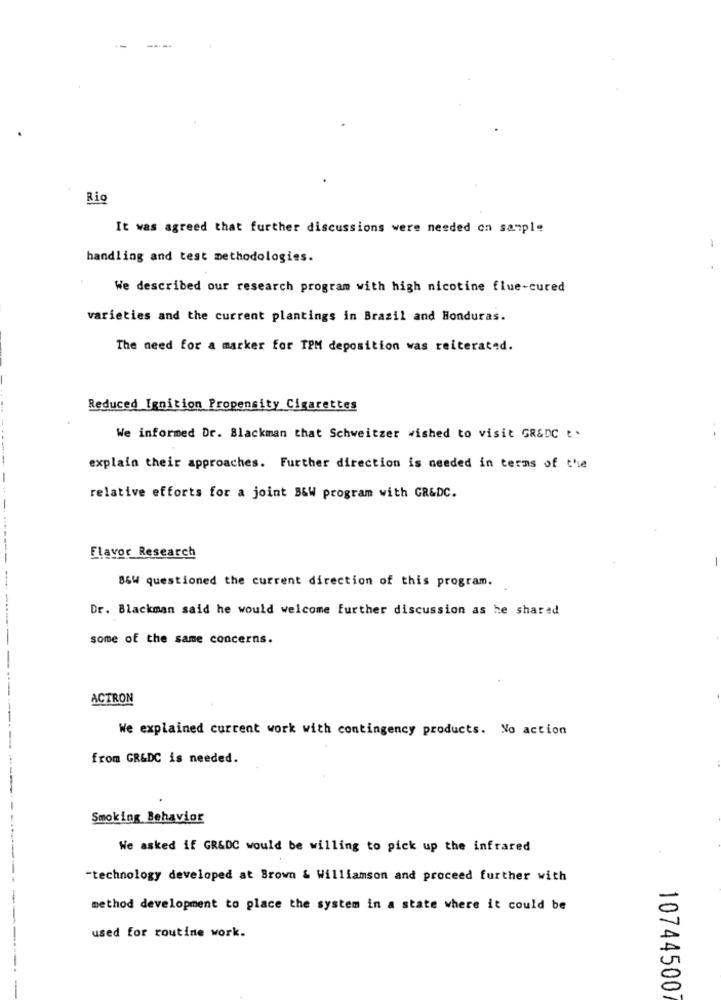
----
Rig
It was agreed that further discussions were needed on sample
handling and test methodologies.
We described our research program with high nicotine flue-cured
varieties and the current plantings in Brazil and Honduras.
The need for a marker for TPM deposition was reiterated.
Reduced Ignition Propensity Cigarettes
We informed Dr. Blackman that Schweitzer wished to visit GR&DC t .
explain their approaches. Further direction is needed in terms of the
relative efforts for a joint B&W program with GR&DC.
--------
Flavor Research
B&W questioned the current direction of this program.
Dr. Blackman said he would welcome further discussion as he shared
some of the same concerns.
-
ACTRON
We explained current work with contingency products. No action
from GR&DC is needed.
Smoking Behavior
We asked if GR&DC would be willing to pick up the infrared
"technology developed at Brown & Williamson and proceed further with
method development to place the system in a state where it could be
used for routine work.
10744500